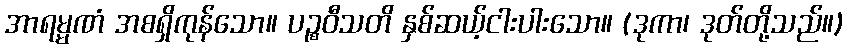
အာရမ္မဏံ အစရှိကုန်သော။ ပဉ္စဝီသတိ နှစ်ဆယ့်ငါးပါးသော။ (ဒုကာ၊ ဒုတ်တို့သည်။)